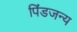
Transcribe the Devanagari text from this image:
पिंडजन्य